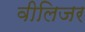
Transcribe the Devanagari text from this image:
वीलिजर